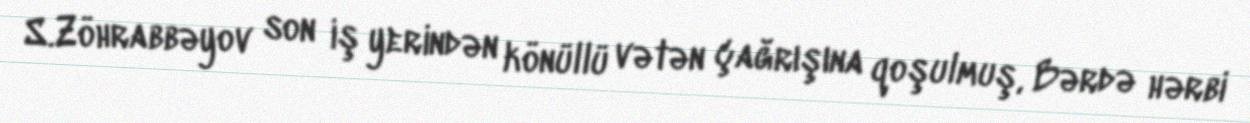
S.Zöhrabbəyov son iş yerindən könüllü vətən çağrışına qoşulmuş, Bərdə hərbi